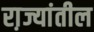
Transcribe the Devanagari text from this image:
रा़ज्यांतील